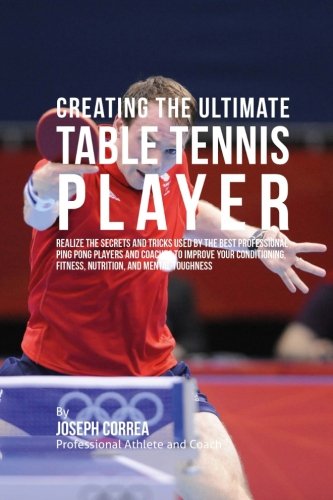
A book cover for Creating the Ultimate Table Tennis Player: Realize the Secrets and Tricks Used by the Best Professional Ping Pong Players and Coaches to Improve Your ... Fitness, Nutrition, and Mental Toughness; Joseph Correa (Professional Athlete and Coach); Sports & Outdoors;